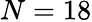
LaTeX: N=18